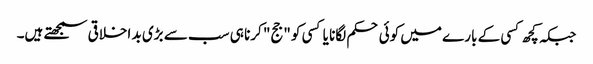
جبکہ کچھ کسی کے بارے میں کوئی حکم لگانا یا کسی کو "جج" کرنا ہی سب سے بڑی بد اخلاقی سمجھتے ہیں۔